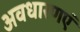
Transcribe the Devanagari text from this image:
अवधारणएं